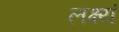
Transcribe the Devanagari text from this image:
लक्ष्यं